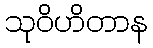
သုဝိဟိတာန